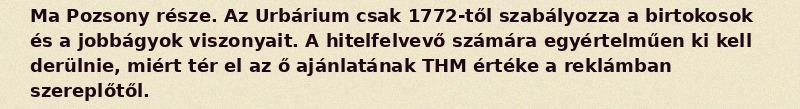
Ma Pozsony része. Az Urbárium csak 1772-től szabályozza a birtokosok és a jobbágyok viszonyait. A hitelfelvevő számára egyértelműen ki kell derülnie, miért tér el az ő ajánlatának THM értéke a reklámban szereplőtől.